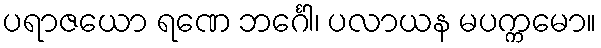
ပရာဇယော ရဏေ ဘင်္ဂေါ၊ ပလာယန မပက္ကမော။